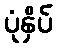
ပုံနှိပ်